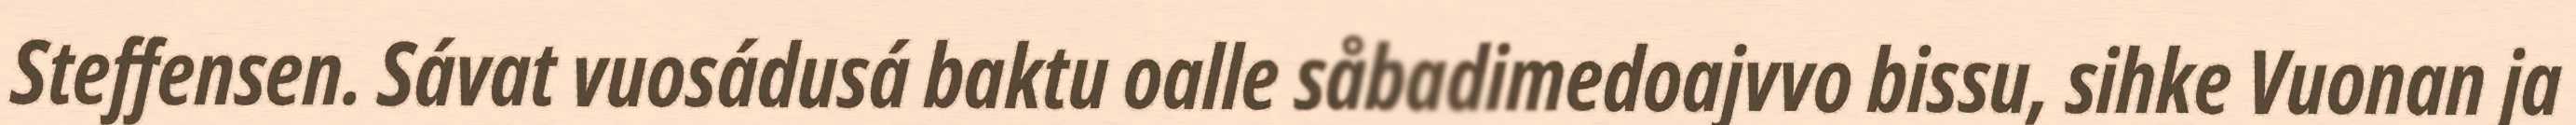
Steffensen. Sávat vuosádusá baktu oalle såbadimedoajvvo bissu, sihke Vuonan ja